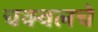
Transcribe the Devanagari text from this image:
चक्वलचे